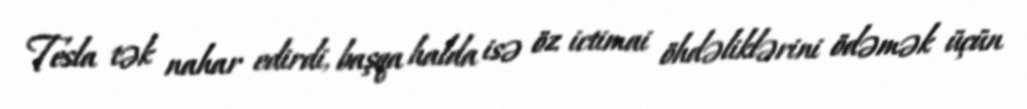
Tesla tək nahar edirdi, başqa halda isə öz ictimai öhdəliklərini ödəmək üçün